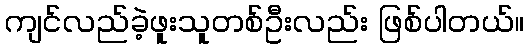
ကျင်လည်ခဲ့ဖူးသူတစ်ဦးလည်း ဖြစ်ပါတယ်။